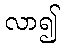
လာ၍